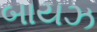
બાયઝ